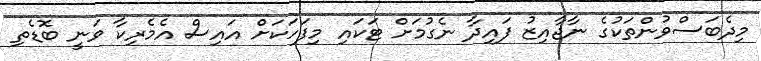
މިދެބަސްވުންތަކުގެ ނާޖާއިޒު ފައިދާ ނެގުމަށް ޓަކައި މިފަހަކަށް އައިސް އެމެރިކާ ވަނީ ބޮޑެތި